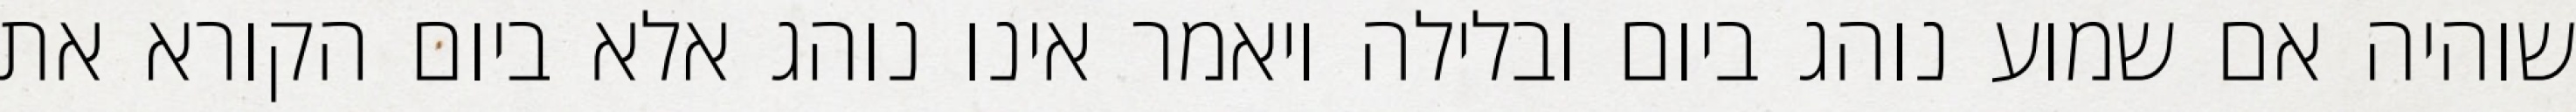
שוהיה אם שמוע נוהג ביום ובלילה ויאמר אינו נוהג אלא ביום הקורא את